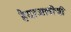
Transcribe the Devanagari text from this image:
हैदरअलीची